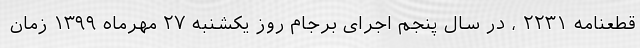
قطعنامه ۲۲۳۱ ، در سال پنجم اجرای برجام روز یکشنبه ۲۷ مهرماه ۱۳۹۹ زمان